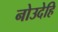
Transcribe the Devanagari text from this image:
नोउदेहि